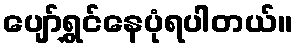
ပျော်ရွှင်နေပုံရပါတယ်။